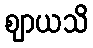
ဈာယသိ